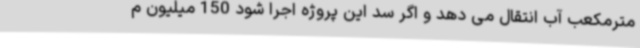
مترمکعب آب انتقال می دهد و اگر سد این پروژه اجرا شود 150 میلیون م